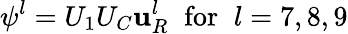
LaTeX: \psi^{l}=U_{1}U_{C}\mathbf{u}_{R}^{l}\; \; \mathrm{{for}}\; \; l=7,8,9